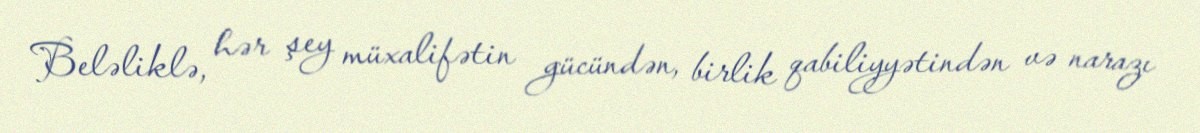
Beləliklə, hər şey müxalifətin gücündən, birlik qabiliyyətindən və narazı